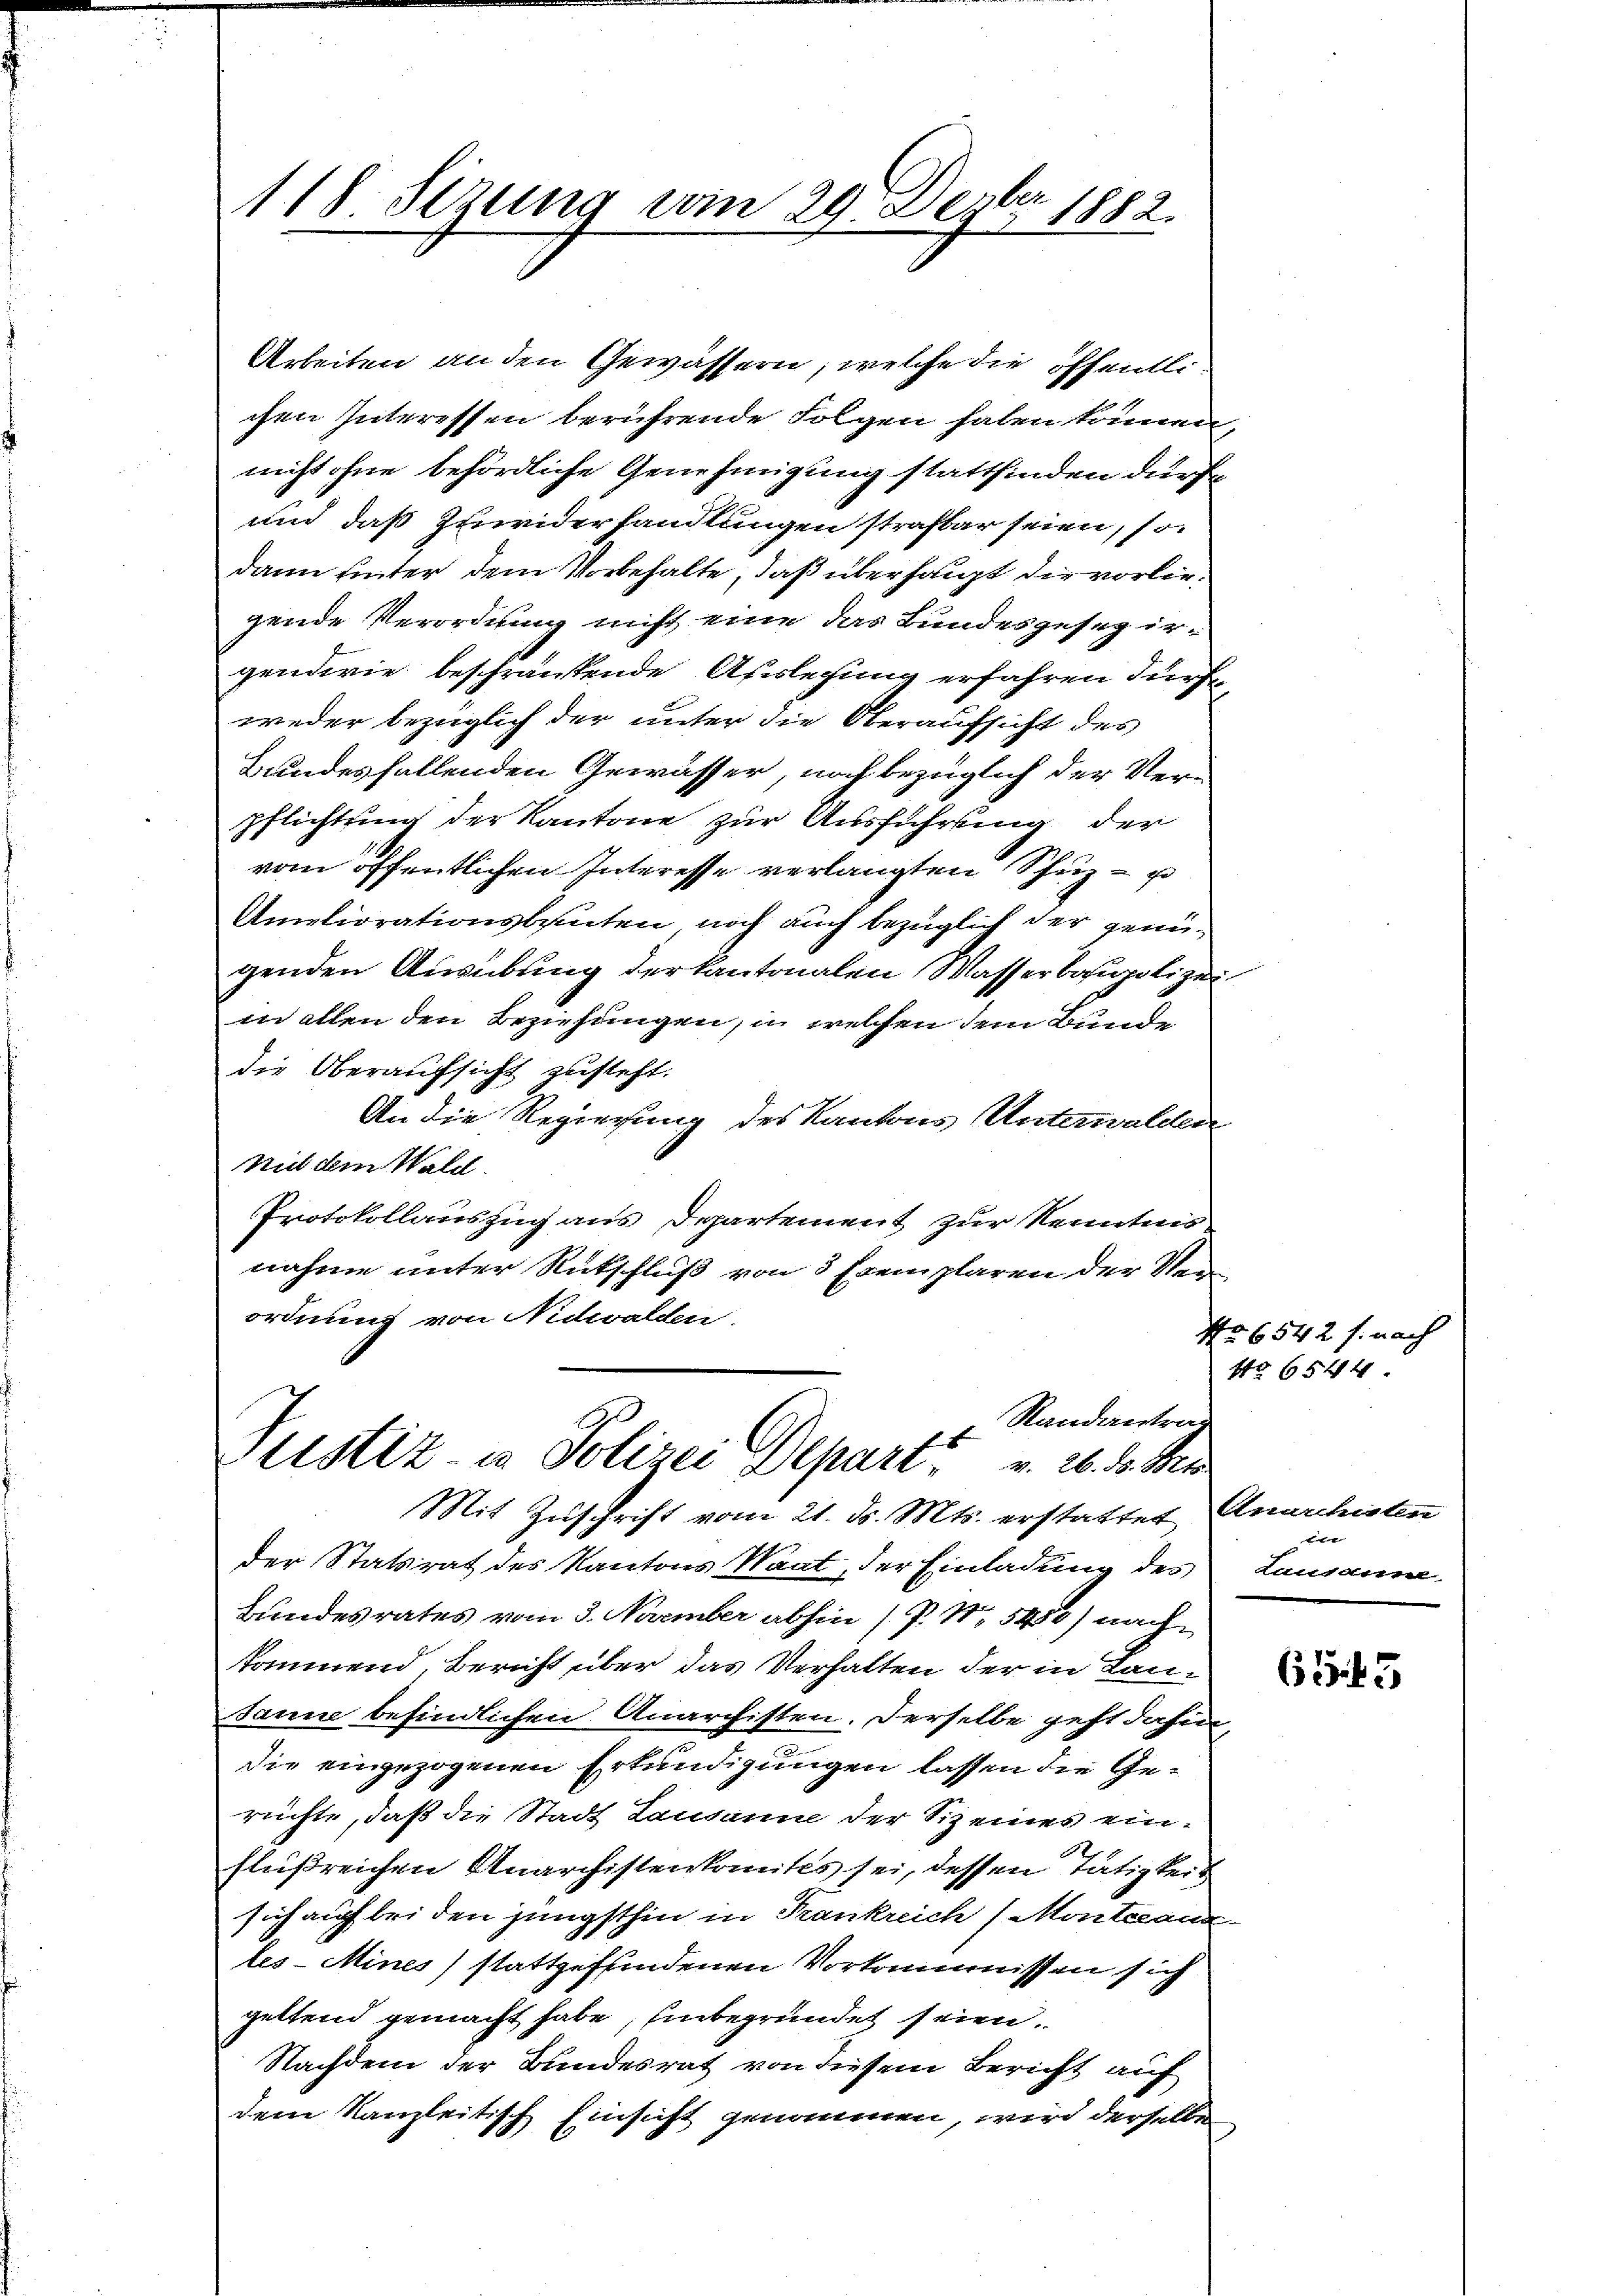
b
118. Sitzung vom 29. Dez. 1882.

Arbeiten an den Gewässern, welche die öffentli
chen Interessen berührende Folgen haben können,
nicht ohne behördliche Genehmigung stattfinden dürfe
und das Zuwiderhandlungen strafbar seien, so
dann unter dem Vorbehalte, daß überhaupt die vorliegende Verordnung nicht eine das Bundesgeseg ir-
genderie beschränkende Auslegung erfahren dürfe
weder bezüglich der unter die Oberaufsicht des
undesfallenden Gewässer, noch bezüglich der Ver-
pflichtung der Kantone zur Ausführung der
vom öffentlichen Interesse verlangten Schuz- u
Ameliorationsbauten noch auch bezüglich der genügenden Ausübung der kantonalen Wasserbaupolizei
in allen den Beziehungen, in welchen dem Bunde
die Oberaufsicht zusteht.
An die Regierung des Kantons Unterwalden
Mit dem Wald.
Protokollauszug aus Departement zur Kenntnis
nahme unter Rutschluß von 3 Exemplaren der Ste
ordnung von Nidwalden

Randantrag
Geistiz- & Polizei Depart v. 26. d. M.
Mit Zuschrift vom 21. ds. Mts. erstattet,

der Statsrat des Kantons Saat, der Einladung des
Bundesrates vom 3. November abhin (P. Nr. 5480) nach
kommend. Bericht über das Verhalten der in Lan¬
Jann befindlichen Anarchisten. Derselbe geht dahin
die eingezogenen Erkundigungen lassen die Gerüchte, daß die Stadt Lausanne der Siz eines ein-
flußreichen Anarchistenkomites sei, dessen Tätigkeisich auf bei den jüngsthin in Krankreich (Montand
les-Miner stattgefundenen Vorkommnissen sich
geltend gemacht habe; Einbegründet seien.
Nachdem der Bundesrat von diesem Bericht auf
dem Kanzleitisch Einsicht genommen, wird derselbe

Nr. 6542 s. nach
No 6544

645

Anarchisten
de
Lausaum.